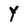
Character: Y